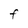
Character: F